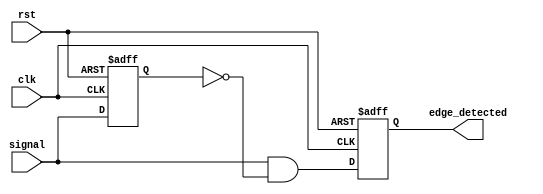
module rising_edge_detector (
    input wire clk,            // Clock signal
    input wire rst,            // Reset signal
    input wire signal,         // Input signal to detect rising edge
    output reg edge_detected   // Output signal indicating a rising edge
);

    reg previous_signal; // Register to hold the previous state of the input signal

    always @(posedge clk or posedge rst) begin
        if (rst) begin
            previous_signal <= 1'b0; // Reset previous state
            edge_detected <= 1'b0;    // Reset edge detected
        end else begin
            // Rising edge detection logic
            edge_detected <= (signal && !previous_signal);
            previous_signal <= signal; // Update the previous state
        end
    end
endmodule